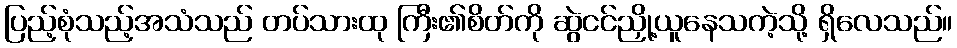
ပြည့်စုံသည့်အသံသည် တပ်သားထု ကြီး၏စိတ်ကို ဆွဲငင်ညှို့ယူနေသကဲ့သို့ ရှိလေသည်။